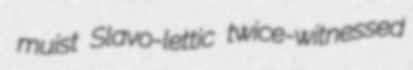
muist Slavo-lettic twice-witnessed